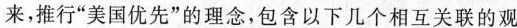
来，推行”美国优先”的理念，包含以下几个相互关联的观